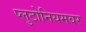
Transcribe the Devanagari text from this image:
प्लुटोनियमवर